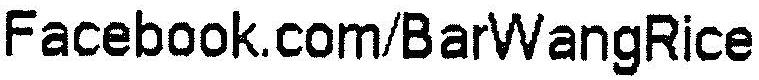
FACEBOOK.COM/BARWANGRICE